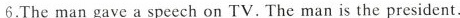
6.The man gave a speech on TV. The man is the president.